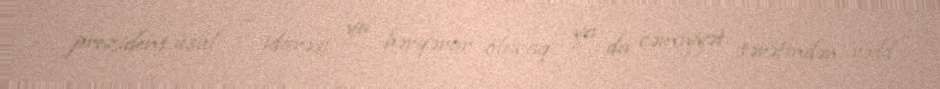
prezident üsul – idarəsi ya bərqərar olacaq, ya da cəmiyyət tərəfindən rədd